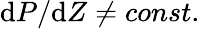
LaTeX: \mathrm{d}P/\mathrm{d}Z\ne const.